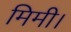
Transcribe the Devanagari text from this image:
मिमी।